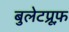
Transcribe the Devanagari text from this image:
बुलेटप्रूफ़